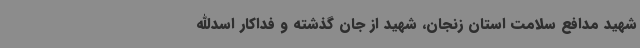
شهید مدافع سلامت استان زنجان، شهید از جان گذشته و فداکار اسدالله